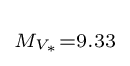
\scriptstyle M_{V_{\ast }}=9.33